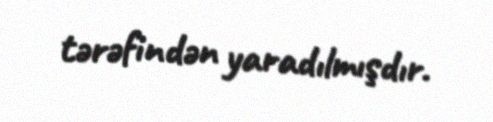
tərəfindən yaradılmışdır.